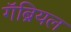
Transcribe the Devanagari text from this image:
गॅब्रियल